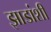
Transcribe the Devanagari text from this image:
झाडांशी